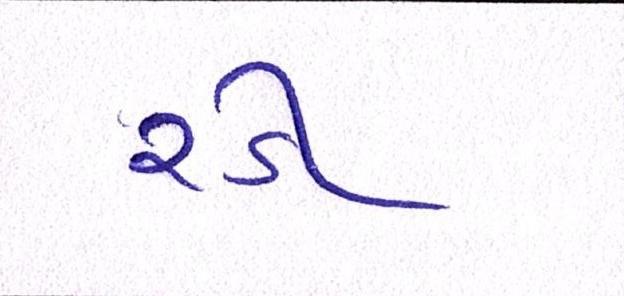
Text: રડી